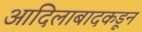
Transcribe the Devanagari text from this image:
आदिलाबादकडून